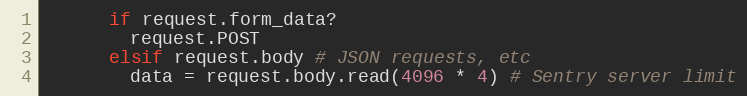
Language: Ruby
      if request.form_data?
        request.POST
      elsif request.body # JSON requests, etc
        data = request.body.read(4096 * 4) # Sentry server limit